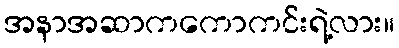
အနာအဆာကကောကင်းရဲ့လား။